Indian journal of veterinary science and animal husbandry - Volumes 24-25, 1954-1955
Year: 1954
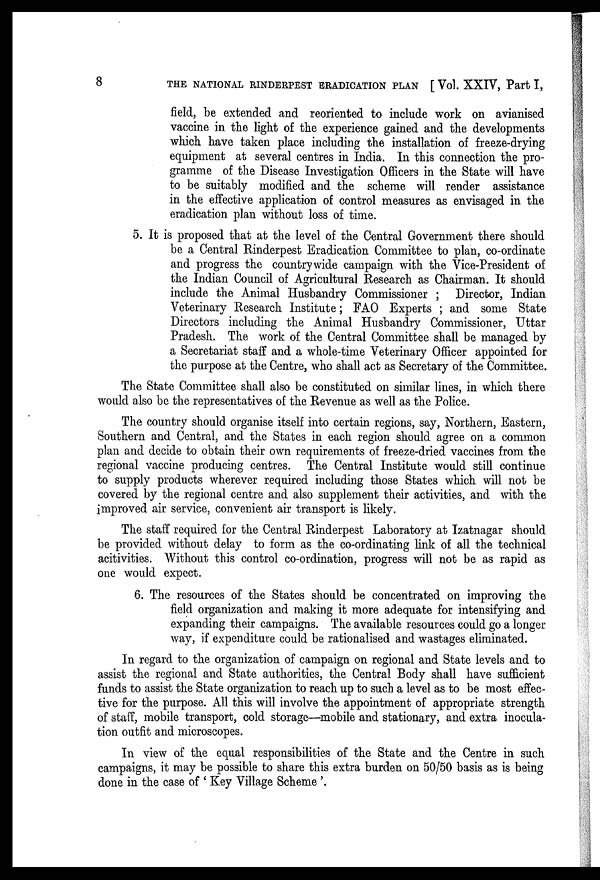
8
THE NATIONAL RINDERPEST ERADICATION PLAN [Vol. XXIV, Part I,
field, be extended and reoriented to include work on avianised
vaccine in the light of the experience gained and the developments
which have taken place including the installation of freeze-drying
equipment at several centres in India. In this connection the pro-
gramme of the Disease Investigation Officers in the State will have
to be suitably modified and the scheme will render assistance
in the effective application of control measures as envisaged in the
eradication plan without loss of time.
5. It is proposed that at the level of the Central Government there should
be a Central Rinderpest Eradication Committee to plan, co-ordinate
and progress the countrywide campaign with the Vice-President of
the Indian Council of Agricultural Research as Chairman. It should
include the Animal Husbandry Commissioner; Director, Indian
Veterinary Research Institute; FAO Experts; and some State
Directors including the Animal Husbandry Commissioner, Uttar
Pradesh. The work of the Central Committee shall be managed by
a Secretariat staff and a whole-time Veterinary Officer appointed for
the purpose at the Centre, who shall act as Secretary of the Committee.
The State Committee shall also be constituted on similar lines, in which there
would also be the representatives of the Revenue as well as the Police.
The country should organise itself into certain regions, say, Northern, Eastern,
Southern and Central, and the States in each region should agree on a common
plan and decide to obtain their own requirements of freeze-dried vaccines from the
regional vaccine producing centres. The Central Institute would still continue
to supply products wherever required including those States which will not be
covered by the regional centre and also supplement their activities, and with the
improved air service, convenient air transport is likely.
The staff required for the Central Rinderpest Laboratory at Izatnagar should
be provided without delay to form as the co-ordinating link of all the technical
acitivities. Without this control co-ordination, progress will not be as rapid as
one would expect.
6. The resources of the States should be concentrated on improving the
field organization and making it more adequate for intensifying and
expanding their campaigns. The available resources could go a longer
way, if expenditure could be rationalised and wastages eliminated.
In regard to the organization of campaign on regional and State levels and to
assist the regional and State authorities, the Central Body shall have sufficient
funds to assist the State organization to reach up to such a level as to be most effec-
tive for the purpose. All this will involve the appointment of appropriate strength
of staff, mobile transport, cold storage—mobile and stationary, and extra inocula-
tion outfit and microscopes.
In view of the equal responsibilities of the State and the Centre in such
campaigns, it may be possible to share this extra burden on 50/50 basis as is being
done in the case of 'Key Village Scheme'.